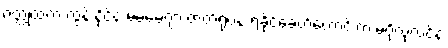
ဝတ္ထုထဲက ထွန်းနိုင်နဲ့ မမမေဂျာ ဇာတ်ရုပ်နဲ့ ရခိုင်ခေတ်ဟောင်းက မဂိုလုလင်နဲ့